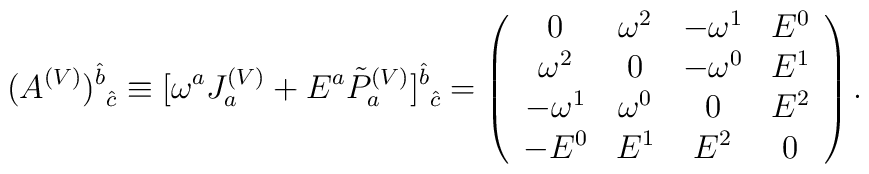
(A^{(V)})^{\hat{b}}_{\mbox{ }\hat{c}}\equiv[\omega^{a}J^{(V)}_{a}+E^{a}\tilde{P}^{(V)}_{a}]^{\hat{b}}_{\mbox{ }\hat{c}}=\left( \begin{array}{cccc}       0 & \omega^{2} & -\omega^{1} & E^{0} \\	   \omega^{2} & 0 & -\omega^{0} & E^{1} \\	   -\omega^{1} & \omega^{0} & 0 & E^{2} \\	   -E^{0} & E^{1} & E^{2} & 0 \\	   \end{array}\right).